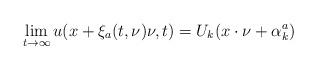
LaTeX: \begin{align*}\lim_{t\to\infty}u(x+\xi_a(t,\nu)\nu, t)= U_k(x\cdot \nu+\alpha_k^a)\end{align*}